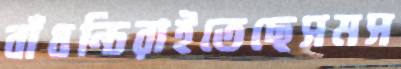
বাঁধন্চিরাইতেছেসমস